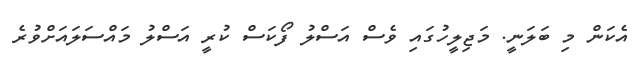
އެކަން މި ބަލަނީ. މަޖިލީހުގައި ވެސް އަސްލު ފޯކަސް ކުރީ އަސްލު މައްސަލައަށްވުރެ